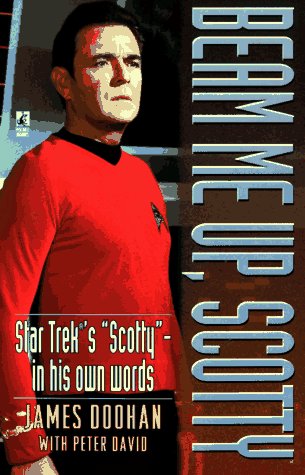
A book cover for Beam Me Up, Scotty; James Doohan; Biographies & Memoirs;